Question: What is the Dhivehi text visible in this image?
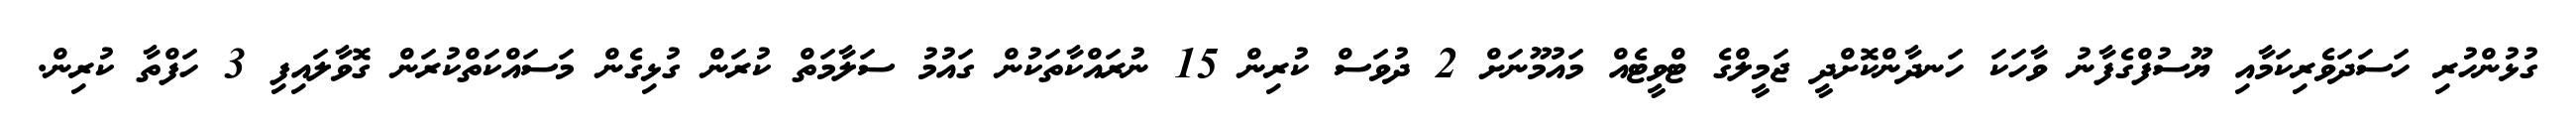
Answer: ގުޅުންހުރި ހަސަދަވެރިކަމާއި ޔޫސުފްގެފާނު ވާހަކަ ހަނދާންކޮށްދީ ޖަމީލްގެ ޓްވީޓެއް މައުމޫނަށް 2 ދުވަސް ކުރިން 15 ނުރައްކާތަކުން ގައުމު ސަލާމަތް ކުރަން ގުޅިގެން މަސައްކަތްކުރަން ގޮވާލައިފި 3 ހަފްތާ ކުރިން.